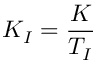
K _ { I } = { \frac { K } { T _ { I } } }